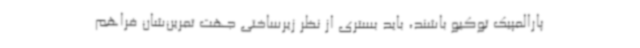
پارالمپیک توکیو باشند، باید بستری از نظر زیرساختی جهت تمرین‌شان فراهم